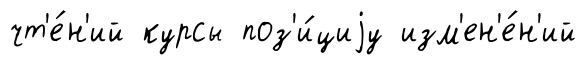
чт'е́н'ий курсы поз'и́циjу изм'ен'е́н'ий